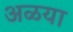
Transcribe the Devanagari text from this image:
अळया